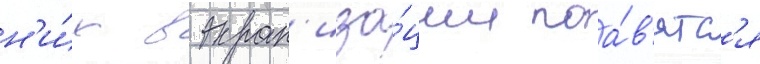
н'и́х в экран'иза́ции поа́в'ятс'я